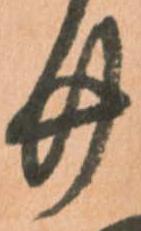
廿